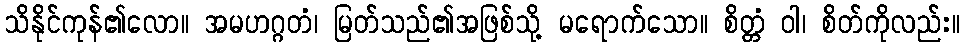
သိနိုင်ကုန်၏လော။ အမဟဂ္ဂတံ၊ မြတ်သည်၏အဖြစ်သို့ မရောက်သော။ စိတ္တံ ဝါ၊ စိတ်ကိုလည်း။